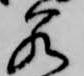
若